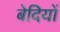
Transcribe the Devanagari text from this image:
बेदियों